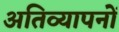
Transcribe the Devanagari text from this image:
अतिव्यापनों